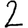
Digit: 2